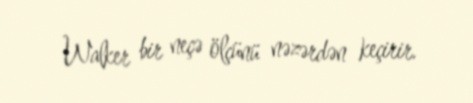
Walker bir neçə ölçünü nəzərdən keçirir.